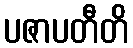
ပဇာပတီတိ